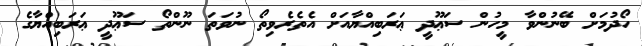
ހޯދުމަށް ބޭނުންވާ މީހުން ސަޢޫދީ ޢަރަބިއްޔާއަށް އެތެރެވިތޯ ނުވަތަ ނޫންތޯ ސަޢޫދީ ޢަރަބިއްޔާގެ